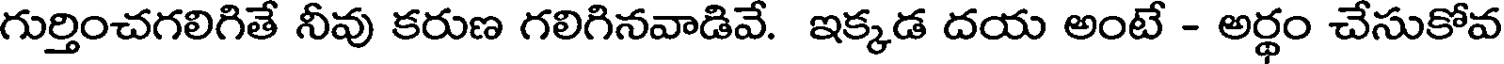
గుర్తించగలిగితే నీవు కరుణ గలిగినవాడివే. ఇక్కడ దయ అంటే - అర్థం చేసుకోవ